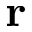
{ \bf r }